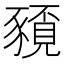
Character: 𮙤